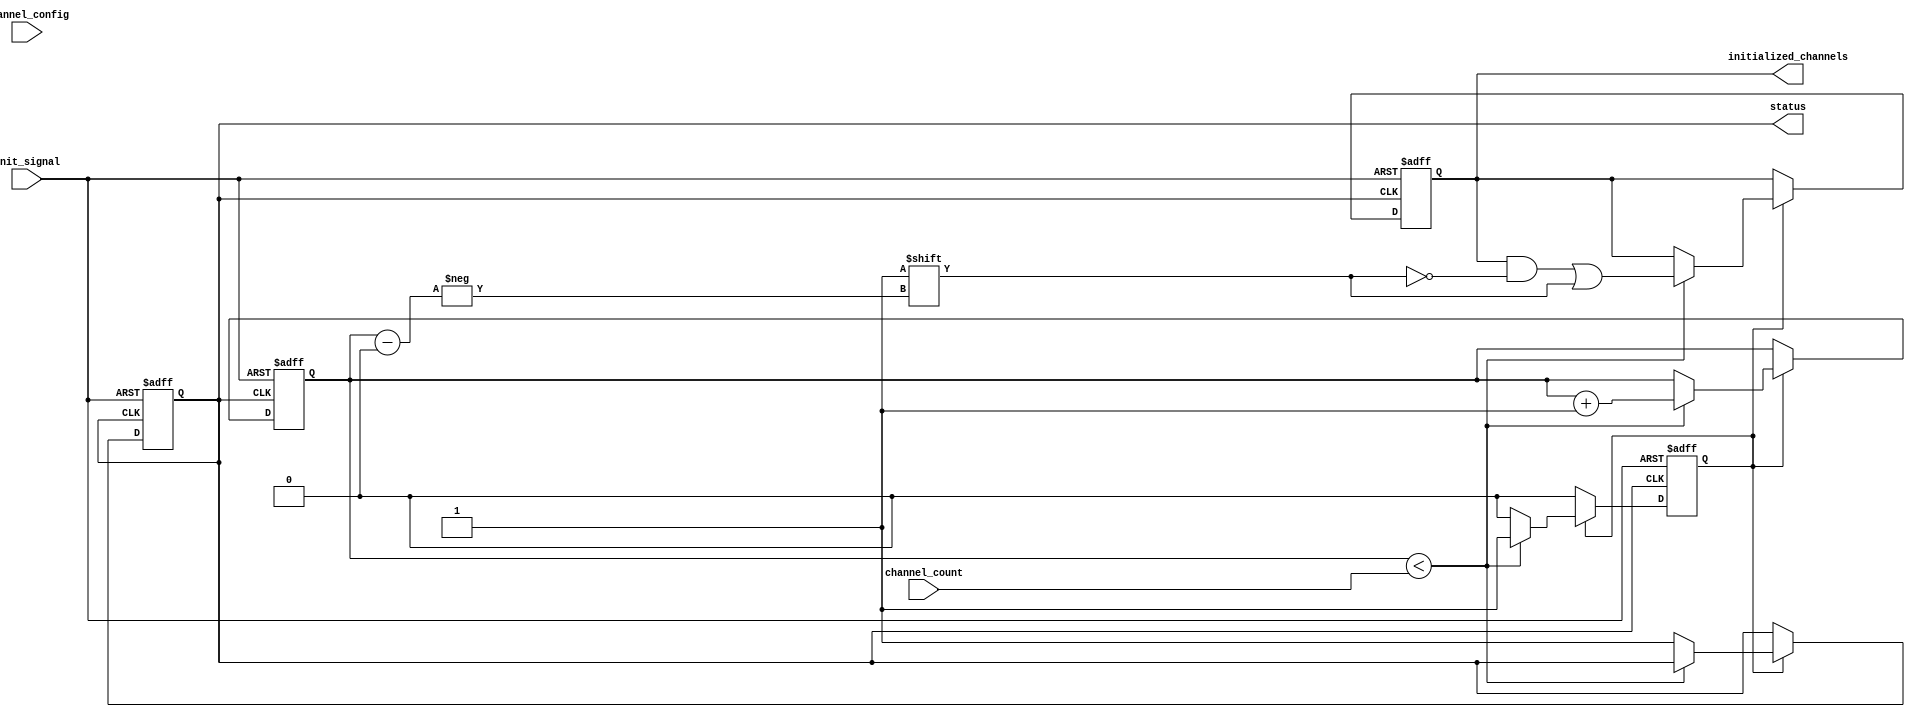
module multi_channel_init #(
    parameter CHANNEL_WIDTH = 8, // Width of each channel's configuration
    parameter MAX_CHANNELS = 16   // Maximum number of channels
)(
    input wire init_signal,                            // Control signal to trigger initialization
    input wire [CHANNEL_WIDTH*MAX_CHANNELS-1:0] channel_config, // Configuration for each channel
    input wire [3:0] channel_count,                    // Number of channels to initialize
    output reg status,                                  // Status signal indicating completion
    output reg [MAX_CHANNELS-1:0] initialized_channels // Vector indicating initialized channels
);

    reg [3:0] current_channel;                          // Current channel index
    reg initializing;                                   // Flag to indicate initialization in progress

    always @(posedge init_signal or posedge status) begin
        if (init_signal) begin
            // Start initialization
            current_channel <= 0;
            initializing <= 1;
            status <= 0; // Reset status to indicate ongoing initialization
            initialized_channels <= 0; // Reset initialized channels
        end else if (initializing) begin
            if (current_channel < channel_count) begin
                // Simulate the initialization process for the current channel
                // Here you would typically assign the channel's state based on channel_config
                // For example, you could set a register or memory location for the channel
                initialized_channels[current_channel] <= 1'b1; // Mark channel as initialized

                // Move to the next channel
                current_channel <= current_channel + 1;
            end else begin
                // All channels initialized
                initializing <= 0;
                status <= 1; // Set status to indicate completion
            end
        end
    end

endmodule